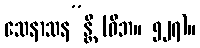
သေနာသန”န္တိ (ဝိဘ။ ၅၂၇)။